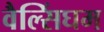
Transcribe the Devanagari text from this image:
वैल्सिंघम